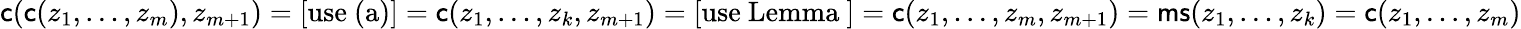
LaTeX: \mathsf{c}(\mathsf{c}(z_{1},\ldots,z_{m}),z_{m+1})=[\mathrm{use~(a)}]=\mathsf{c}(z_{1},\ldots,z_{k},z_{m+1})=[\mathrm{use~Lemma~}]=\mathsf{c}(z_{1},\ldots,z_{m},z_{m+1})=\mathsf{ms}(z_{1},\ldots,z_{k})=\mathsf{c}(z_{1},\ldots,z_{m})